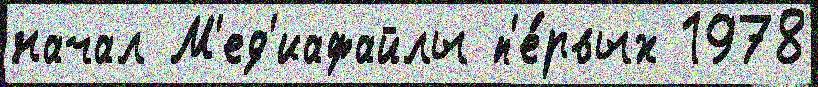
начал М'ед'иафайлы п'е́рвых 1978